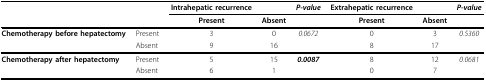
|  |  | Intrahepatic recurrence |  | P-value | Extrahepatic recurrence |  | P-value |
 |  |  | Present | Absent |  | Present | Absent |  |
 | --- | --- | --- | --- | --- | --- | --- | --- |
 | Chemotherapy before hepatectomy | Present | 3 | 0 | 0.0672 | 0 | 3 | 0.5360 |
 |  | Absent | 9 | 16 |  | 8 | 17 |  |
 | Chemotherapy after hepatectomy | Present | 5 | 15 | 0.0087 | 8 | 12 | 0.0681 |
 |  | Absent | 6 | 1 |  | 0 | 7 |  |